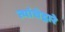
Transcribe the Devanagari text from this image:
त्यांचेद्वारे